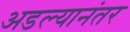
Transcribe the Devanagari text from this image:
अडल्यानंतर